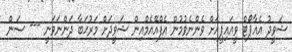
ޝަވީދު އެއާޕޯޓް ވީއައިޕީއަށް ވެންނެވުމުން އެފްއޭއެމްއިން ޝަވީދަށް މަރުޙަބާ ދަންނަވަނީ --- ސަން